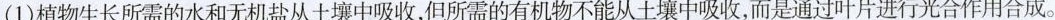
(1)植物生长所需的水和无机盐从土壤中吸收，但所需的有机物不能从土壤中吸收，而是通过叶片进行光合作用合成。